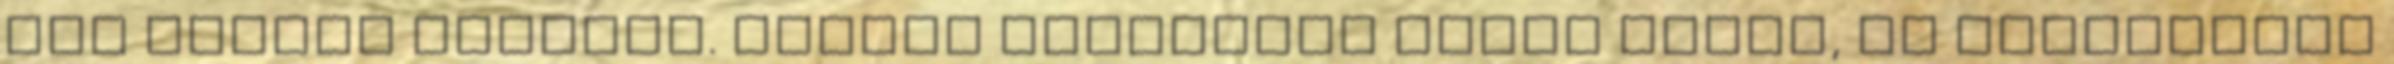
pár percet pirítom. Száraz vörösbort öntök hozzá, és felkaparom